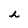
Character: h